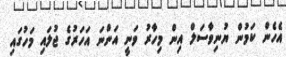
އެހެން ކަމުން ޔުނިވާސަލް އިން މިހާރު ވަނީ އަންނަ އަހަރުގެ ޖުލައި މަހުގައި